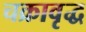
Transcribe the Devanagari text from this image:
चक्रावृद्ध